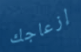
إزعاجك